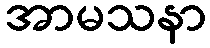
အာမသနာ